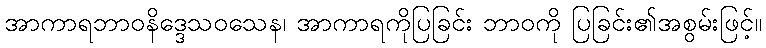
အာကာရဘာဝနိဒ္ဒေသဝသေန၊ အာကာရကိုပြခြင်း ဘာဝကို ပြခြင်း၏အစွမ်းဖြင့်။